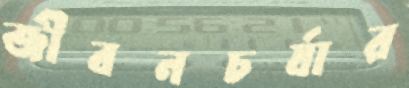
জীবনচর্যার